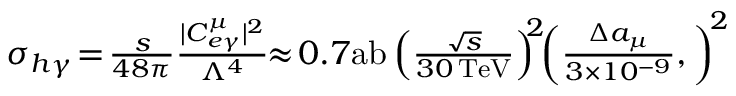
\begin{array} { r } { \sigma _ { h \gamma } \! = \! \frac { s } { 4 8 \pi } \frac { | C _ { e \gamma } ^ { \mu } | ^ { 2 } } { \Lambda ^ { 4 } } \! \! \approx \! 0 . 7 \mathrm { a b } \left( \frac { \sqrt { s } } { 3 0 \, \mathrm { T e V } } \right) ^ { \! \! 2 } \! \! \left( \frac { \Delta a _ { \mu } } { 3 \times 1 0 ^ { - 9 } } , \right) ^ { \! 2 } } \end{array}